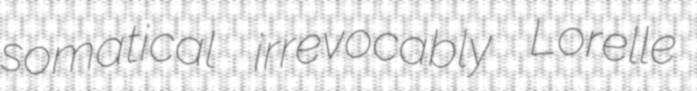
somatical irrevocably Lorelle